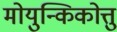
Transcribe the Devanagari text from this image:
मोयुन्किकोत्तु